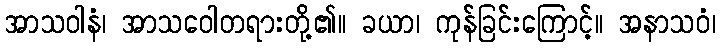
အာသဝါနံ၊ အာသဝေါတရားတို့၏။ ခယာ၊ ကုန်ခြင်းကြောင့်။ အနာသဝံ၊